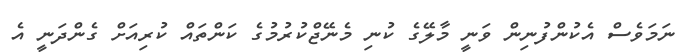
ނަަމަވެސް އެކުންފުނިން ވަނީ މާލޭގެ ކުނި މެނޭޖްކުރުމުގެ ކަންތައް ކުރިއަށް ގެންދަނީ އެ